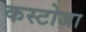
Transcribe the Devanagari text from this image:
कस्टोजा